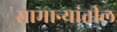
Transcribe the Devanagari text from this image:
सामान्यांतील